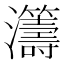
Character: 𤅕